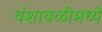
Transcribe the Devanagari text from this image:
वंशावळीमध्ये